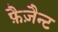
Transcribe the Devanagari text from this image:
फ़ैज़ैन्ट